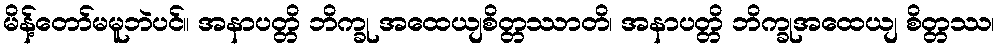
မိန့်တော်မမူဘဲပင်။ အနာပတ္တိ ဘိက္ခု အထေယျစိတ္တဿာတိ၊ အနာပတ္တိ ဘိက္ခုအထေယျ စိတ္တဿ၊